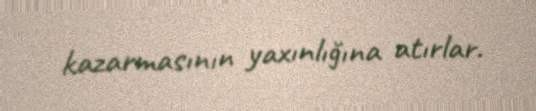
kazarmasının yaxınlığına atırlar.